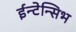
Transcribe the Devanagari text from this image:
ईन्टेन्सिभ